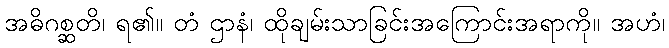
အဓိဂစ္ဆတိ၊ ရ၏။ တံ ဌာနံ၊ ထိုချမ်းသာခြင်းအကြောင်းအရာကို။ အဟံ၊